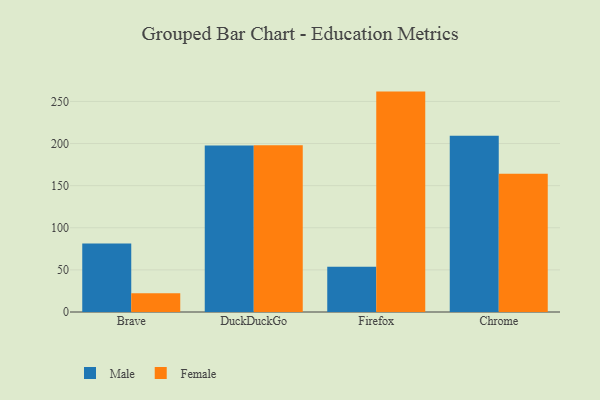
{"axis": {"x": "Browser", "y": "Temperature (°C)"}, "legend": ["Female", "Male"], "data": [{"x": "Brave", "y": 81.4, "type": "Male"}, {"x": "Brave", "y": 22.2, "type": "Female"}, {"x": "DuckDuckGo", "y": 197.7, "type": "Male"}, {"x": "DuckDuckGo", "y": 198.1, "type": "Female"}, {"x": "Firefox", "y": 53.7, "type": "Male"}, {"x": "Firefox", "y": 261.7, "type": "Female"}, {"x": "Chrome", "y": 209.3, "type": "Male"}, {"x": "Chrome", "y": 164.3, "type": "Female"}]}